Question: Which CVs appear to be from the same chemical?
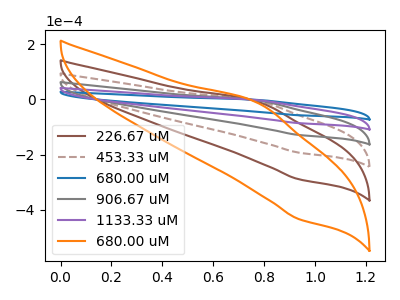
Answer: <think>The brown curve "226.67 uM" has an anodic peak at (0.80V, -11.10uA) and a cathodic peak at (0.95V, -342.90uA). The brown dashed curve "453.33 uM" has an anodic peak at (0.80V, -8.35uA) and a cathodic peak at (0.95V, -257.15uA). The blue curve "680.00 uM" has an anodic peak at (0.80V, -1.85uA) and a cathodic peak at (0.95V, -57.15uA). The gray curve "906.67 uM" has an anodic peak at (0.80V, -5.55uA) and a cathodic peak at (0.95V, -171.45uA). The purple curve "1133.33 uM" has an anodic peak at (0.80V, -2.80uA) and a cathodic peak at (0.95V, -85.70uA). The orange curve "680.00 uM" has an anodic peak at (0.80V, -13.90uA) and a cathodic peak at (0.95V, -428.60uA).
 All the peaks in "226.67 uM" have a peak in "453.33 uM" at the same potential. All the peaks in "226.67 uM" have a peak in "680.00 uM" at the same potential. All the peaks in "226.67 uM" have a peak in "906.67 uM" at the same potential. All the peaks in "226.67 uM" have a peak in "1133.33 uM" at the same potential. All the peaks in "226.67 uM" have a peak in "680.00 uM" at the same potential. All the peaks in "453.33 uM" have a peak in "680.00 uM" at the same potential. All the peaks in "453.33 uM" have a peak in "906.67 uM" at the same potential. All the peaks in "453.33 uM" have a peak in "1133.33 uM" at the same potential. All the peaks in "453.33 uM" have a peak in "680.00 uM" at the same potential. All the peaks in "680.00 uM" have a peak in "906.67 uM" at the same potential. All the peaks in "680.00 uM" have a peak in "1133.33 uM" at the same potential. All the peaks in "680.00 uM" have a peak in "680.00 uM" at the same potential. All the peaks in "906.67 uM" have a peak in "1133.33 uM" at the same potential. All the peaks in "906.67 uM" have a peak in "680.00 uM" at the same potential. All the peaks in "1133.33 uM" have a peak in "680.00 uM" at the same potential.</think>
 <answer>"680.00 uM", "226.67 uM", "453.33 uM", "906.67 uM", "1133.33 uM" and "680.00 uM" have the same shape and are likely CV's of the same chemical.</answer>
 <eval>"680.00 uM" "226.67 uM" "453.33 uM" "906.67 uM" "1133.33 uM" "680.00 uM"</eval>